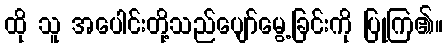
ထို သူ အပေါင်းတို့သည်ပျော်မွေ့ခြင်းကို ပြုကြ၏။